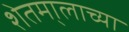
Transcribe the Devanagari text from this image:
शेतमा्लाच्या